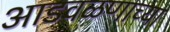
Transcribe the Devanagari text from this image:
आडवळणाच्या